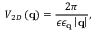
V _ { 2 D } \left( \mathbf { q } \right) = \frac { 2 \pi } { \epsilon \epsilon _ { \mathbf { q } } \left\vert \mathbf { q } \right\vert } ,